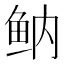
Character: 𱇔